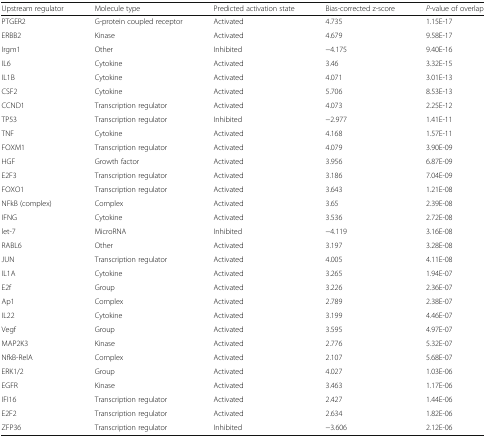
| Upstream regulator | Molecule type | Predicted activation state | Bias-corrected z-score | P-value of overlap |
 | --- | --- | --- | --- | --- |
 | PTGER2 | G-protein coupled receptor | Activated | 4.735 | 1.15E-17 |
 | ERBB2 | Kinase | Activated | 4.679 | 9.58E-17 |
 | Irgm1 | Other | Inhibited | −4.175 | 9.40E-16 |
 | IL6 | Cytokine | Activated | 3.46 | 3.32E-15 |
 | IL1B | Cytokine | Activated | 4.071 | 3.01E-13 |
 | CSF2 | Cytokine | Activated | 5.706 | 8.53E-13 |
 | CCND1 | Transcription regulator | Activated | 4.073 | 2.25E-12 |
 | TP53 | Transcription regulator | Inhibited | −2.977 | 1.41E-11 |
 | TNF | Cytokine | Activated | 4.168 | 1.57E-11 |
 | FOXM1 | Transcription regulator | Activated | 4.079 | 3.90E-09 |
 | HGF | Growth factor | Activated | 3.956 | 6.87E-09 |
 | E2F3 | Transcription regulator | Activated | 3.186 | 7.04E-09 |
 | FOXO1 | Transcription regulator | Activated | 3.643 | 1.21E-08 |
 | NFkB (complex) | Complex | Activated | 3.65 | 2.39E-08 |
 | IFNG | Cytokine | Activated | 3.536 | 2.72E-08 |
 | let-7 | MicroRNA | Inhibited | −4.119 | 3.16E-08 |
 | RABL6 | Other | Activated | 3.197 | 3.28E-08 |
 | JUN | Transcription regulator | Activated | 4.005 | 4.11E-08 |
 | IL1A | Cytokine | Activated | 3.265 | 1.94E-07 |
 | E2f | Group | Activated | 3.226 | 2.36E-07 |
 | Ap1 | Complex | Activated | 2.789 | 2.38E-07 |
 | IL22 | Cytokine | Activated | 3.199 | 4.46E-07 |
 | Vegf | Group | Activated | 3.595 | 4.97E-07 |
 | MAP2K3 | Kinase | Activated | 2.776 | 5.32E-07 |
 | NfkB-RelA | Complex | Activated | 2.107 | 5.68E-07 |
 | ERK1/2 | Group | Activated | 4.027 | 1.03E-06 |
 | EGFR | Kinase | Activated | 3.463 | 1.17E-06 |
 | IFI16 | Transcription regulator | Activated | 2.427 | 1.44E-06 |
 | E2F2 | Transcription regulator | Activated | 2.634 | 1.82E-06 |
 | ZFP36 | Transcription regulator | Inhibited | −3.606 | 2.12E-06 |